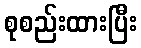
စုစည်းထားပြီး